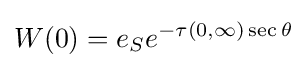
W(0)=e_{S}e^{-\tau (0,\infty )\sec \theta }